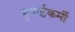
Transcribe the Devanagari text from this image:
हवाईकर्मी